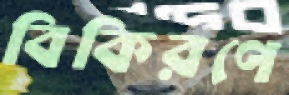
বিকিরণে